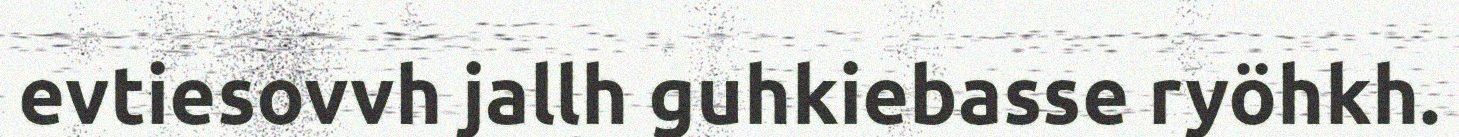
evtiesovvh jallh guhkiebasse ryöhkh.